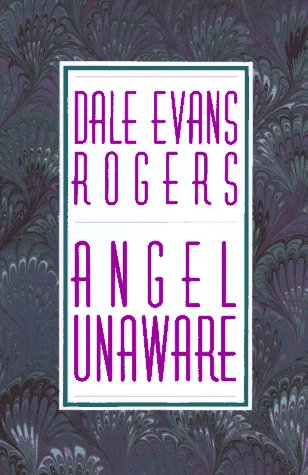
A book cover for Angel Unaware; Dale Evans Rogers; Christian Books & Bibles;